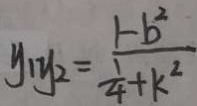
y _ { 1 } y _ { 2 } = \frac { 1 - b ^ { 2 } } { \frac { 1 } { 4 } + k ^ { 2 } }